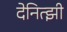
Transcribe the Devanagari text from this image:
देनित्झी